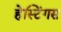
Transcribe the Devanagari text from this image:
हेस्टिंगस